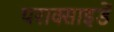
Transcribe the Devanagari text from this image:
पराक्साइडें